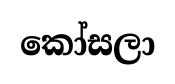
කෝසලා